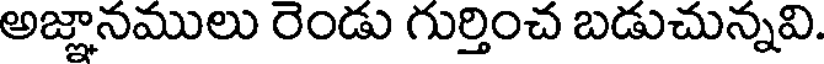
అజ్ఞానములు రెండు గుర్తించ బడుచున్నవి.